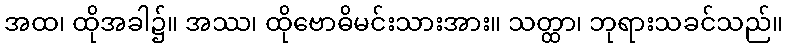
အထ၊ ထိုအခါ၌။ အဿ၊ ထိုဗောဓိမင်းသားအား။ သတ္ထာ၊ ဘုရားသခင်သည်။